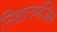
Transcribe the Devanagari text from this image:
निशातमंजिल